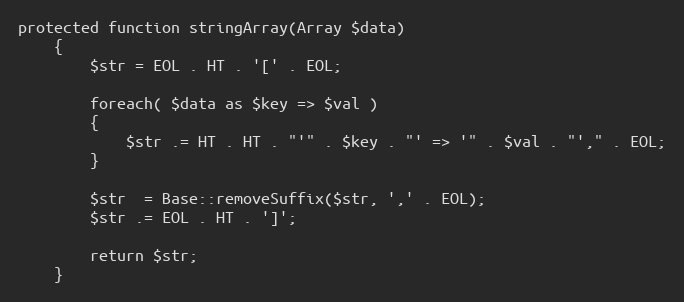
Language: PHP
protected function stringArray(Array $data)
    {
        $str = EOL . HT . '[' . EOL;

        foreach( $data as $key => $val )
        {
            $str .= HT . HT . "'" . $key . "' => '" . $val . "'," . EOL;
        }

        $str  = Base::removeSuffix($str, ',' . EOL);
        $str .= EOL . HT . ']';

        return $str;
    }